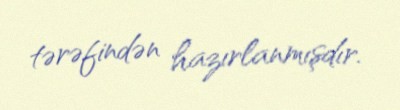
tərəfindən hazırlanmışdır.